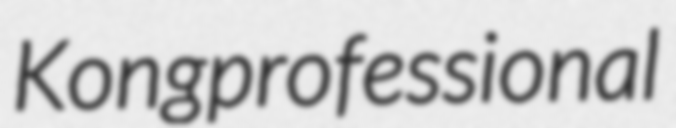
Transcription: Kong professional